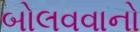
બોલવવાનો